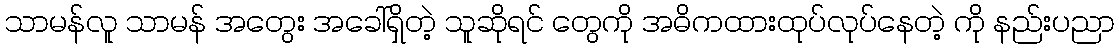
သာမန်လူ သာမန် အတွေး အခေါ်ရှိတဲ့ သူဆိုရင် တွေကို အဓိကထားထုပ်လုပ်နေတဲ့ ကို နည်းပညာ